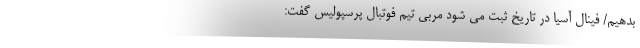
بدهیم/ فینال آسیا در تاریخ ثبت می شود مربی تیم فوتبال پرسپولیس گفت: